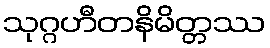
သုဂ္ဂဟီတနိမိတ္တဿ